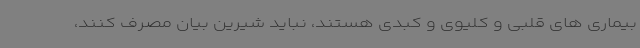
بیماری های قلبی و کلیوی و کبدی هستند، نباید شیرین بیان مصرف کنند،